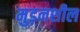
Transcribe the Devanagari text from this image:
मुड़नशील